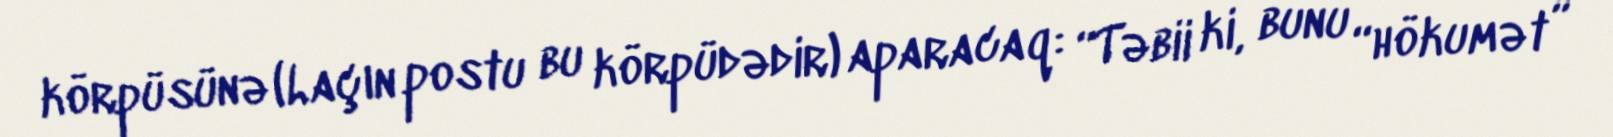
körpüsünə (Laçın postu bu körpüdədir) aparacaq: “Təbii ki, bunu “hökumət”